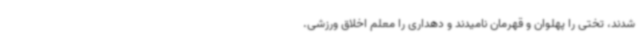
شدند، تختی را پهلوان و قهرمان نامیدند و دهداری را معلم اخلاق ورزشی.